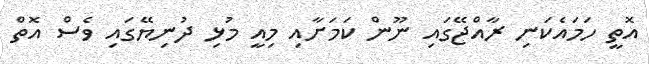
އޮތީ ހަމައެކަނި ރާއްޖޭގައި ނޫން ކަމަށާއި މިއީ މުޅި ދުނިޔޭގައި ވެސް އޮތް